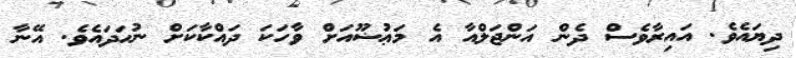
ދިޔައެވެ. އައިރާވެސް ދެން އަންޖަލްއާ އެ މަޢުޟޫއަށް ވާހަކަ ދައްކާކަށް ނުހަދައެވެ. އޭނާ